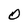
Character: O